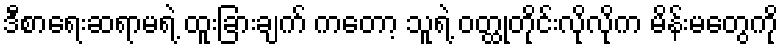
ဒီစာရေးဆရာမရဲ့ ထူးခြားချက် ကတော့ သူရဲ့ ဝတ္ထုတိုင်းလိုလိုက မိန်းမတွေကို